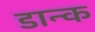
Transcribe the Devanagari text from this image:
डान्क